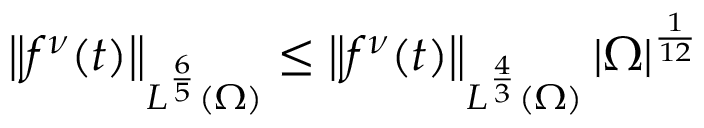
\left\lVert f ^ { \nu } ( t ) \right\rVert _ { L ^ { \frac 6 5 } ( \Omega ) } \le \left\lVert f ^ { \nu } ( t ) \right\rVert _ { L ^ { \frac 4 3 } ( \Omega ) } | \Omega | ^ { \frac 1 { 1 2 } }